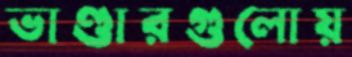
ভাণ্ডারগুলোয়